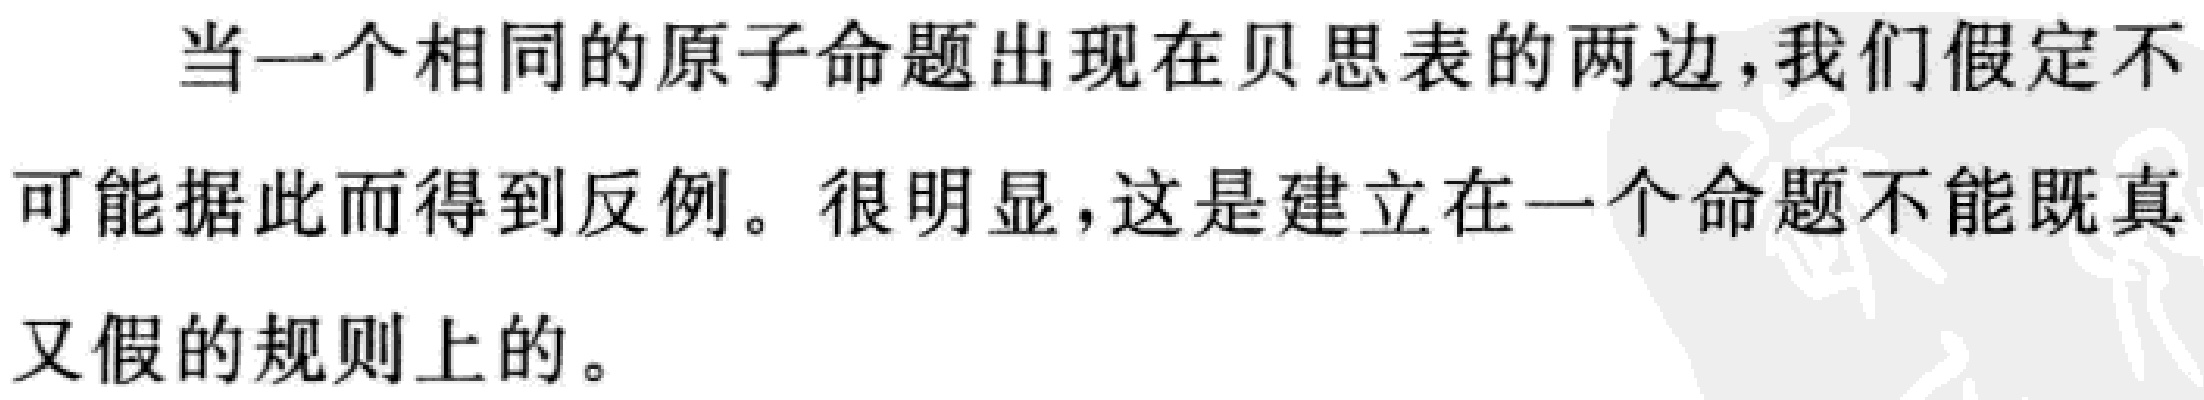
当一个相同的原子命题出现在贝思表的两边，我们假定不可能据此而得到反例。很明显，这是建立在一个命题不能既真又假的规则上的。